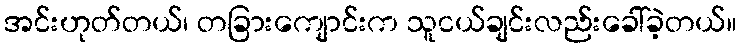
အင်းဟုတ်တယ်၊ တခြားကျောင်းက သူငယ်ချင်းလည်းခေါ်ခဲ့တယ်။